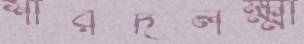
শারদলক্ষ্মী